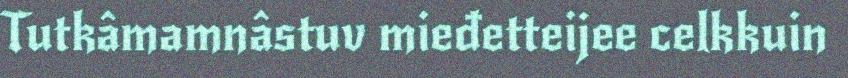
Tutkâmamnâstuv mieđetteijee celkkuin